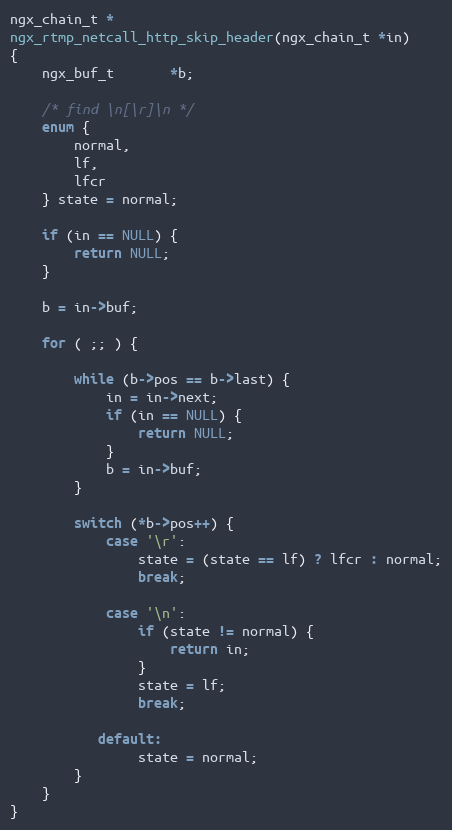
Language: C
ngx_chain_t *
ngx_rtmp_netcall_http_skip_header(ngx_chain_t *in)
{
    ngx_buf_t       *b;

    /* find \n[\r]\n */
    enum {
        normal,
        lf,
        lfcr
    } state = normal;

    if (in == NULL) {
        return NULL;
    }

    b = in->buf;

    for ( ;; ) {

        while (b->pos == b->last) {
            in = in->next;
            if (in == NULL) {
                return NULL;
            }
            b = in->buf;
        }

        switch (*b->pos++) {
            case '\r':
                state = (state == lf) ? lfcr : normal;
                break;

            case '\n':
                if (state != normal) {
                    return in;
                }
                state = lf;
                break;

           default:
                state = normal;
        }
    }
}